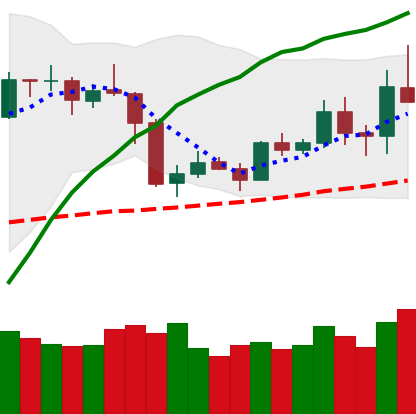
Ticker: ETH-USD
Chart end date: 2019-05-07
Forward return: 10.322%
Label: up_7plus